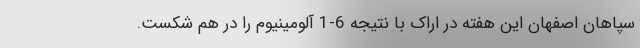
سپاهان اصفهان این هفته در اراک با نتیجه 6-1 آلومینیوم را در هم شکست.